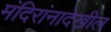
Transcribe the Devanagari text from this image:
मंदिरांनादेखील